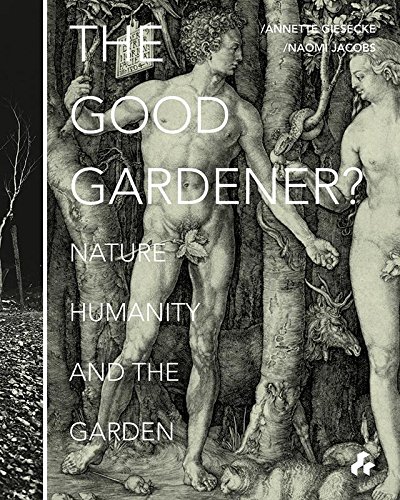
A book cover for The Good Gardener?: Nature, Humanity and the Garden; Crafts, Hobbies & Home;